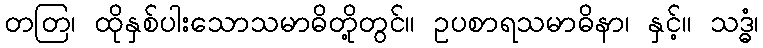
တတြ၊ ထိုနှစ်ပါးသောသမာဓိတို့တွင်။ ဥပစာရသမာဓိနာ၊ နှင့်။ သဒ္ဓံ၊